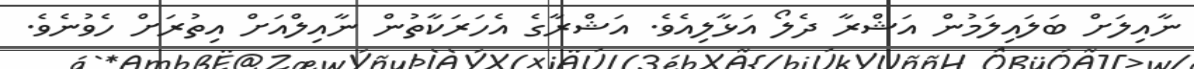
ނާއިލަށް ބަލައިލަމުން އަޝްރާ ދެލޯ އަޅާލިއެވެ. އަޝްރާގެ އެހަރަކާތުން ނާއިލްއަށް އިތުރަށް ހެވުނެވެ.